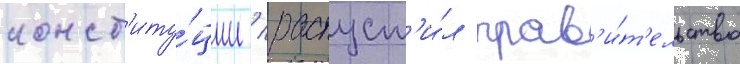
конст'иту́ции / распуст'и́л прав'и́т'ельство